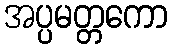
အပ္ပမတ္တကော